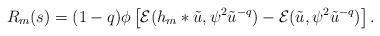
LaTeX: \begin{align*}R_{m}(s) = (1-q)\phi\left[ \mathcal{E}(h_{m}*\tilde{u},\psi^{2}\tilde{u}^{-q})- \mathcal{E}(\tilde{u},\psi^{2}\tilde{u}^{-q}) \right].\end{align*}